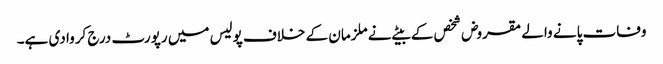
وفات پانے والے مقروض شخص کے بیٹے نے ملزمان کے خلاف پولیس میں رپورٹ درج کروا دی ہے۔